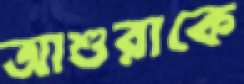
আশুরাকে